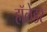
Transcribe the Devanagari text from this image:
हॉलेंडर